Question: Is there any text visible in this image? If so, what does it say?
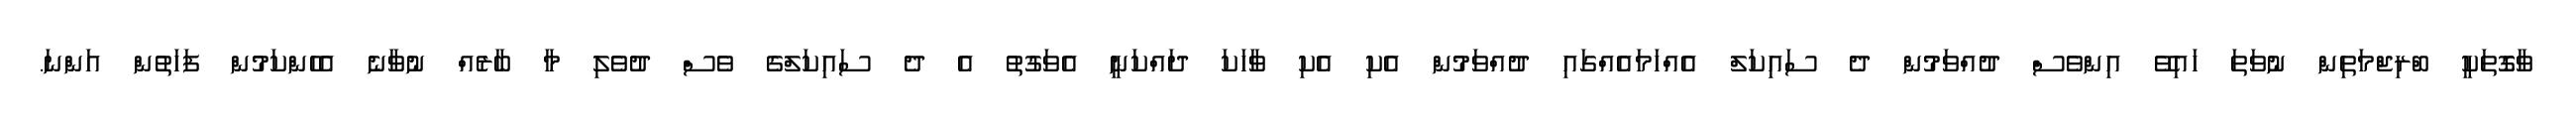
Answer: ވާގޮތަކީ ބްރިޖްމަތިން ނުވަތަ ހައިވޭ އިންވެސް ދުއްވަމުން ދެ ސައިކަލް އެއްހަމައެއްގައި ދުއްވަމުން އެކި އެކި ވާހަކަ ދައްކަނީ އެވަގުތު އެ ދެ ސައިކަލްގެ ވެސް ދުވެލި މާ ބާރެއް ނުވާނެ އެހެންކަމުން ފަހަތުން އަންނަ.